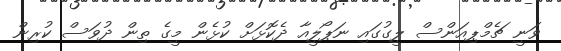
ވަނީ ޗެމްޕިއަންސް ލީގުގައި ނަޕޯލީއާ ދެކޮޅަށް ކުޅެން މީގެ ތިން ދުވަސް ކުރިން